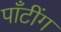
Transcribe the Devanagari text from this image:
पाँटींग